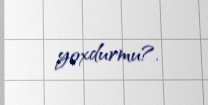
yoxdurmu?.